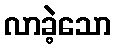
လာခဲ့သော